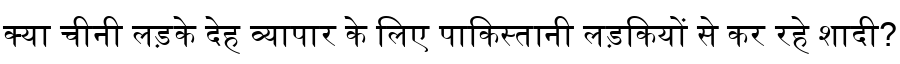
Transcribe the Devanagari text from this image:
क्या चीनी लड़के देह व्यापार के लिए पाकिस्तानी लड़कियों से कर रहे शादी?